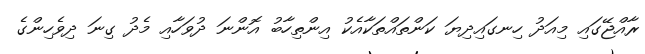
ރާއްޖޭގައި މިއަދު ހިނގައިދިޔަ ކަންތައްތަކާއެކު އިންތިހާބު އޮންނަ ދުވަހާއި މެދު ގިނަ ދިވެހިންގެ